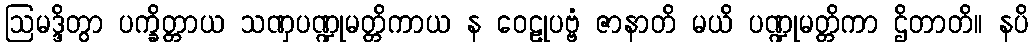
ဩမဒ္ဒိတွာ ပက္ခိတ္တာယ သဏှပဏ္ဍုမတ္တိကာယ န ဝေဠုပဗ္ဗံ ဇာနာတိ မယိ ပဏ္ဍုမတ္တိကာ ဌိတာတိ။ နပိ